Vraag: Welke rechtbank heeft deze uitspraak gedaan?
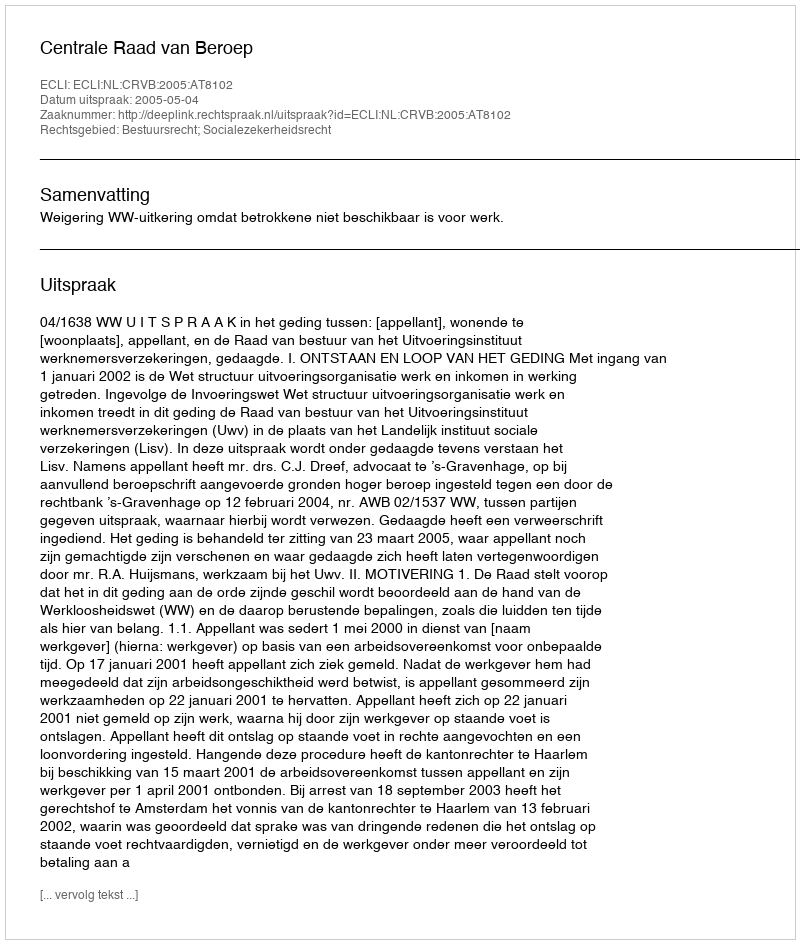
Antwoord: Centrale Raad van Beroep